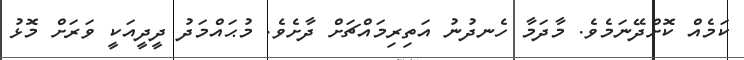
ކަމެއް ކޮށްދޭނަމެވެ. މާދަމާ ހެނދުނު އަތިރިމައްޗަށް ދާށެވެ. މުޙައްމަދު ދީދީއަކީ ވަރަށް މޮޅު